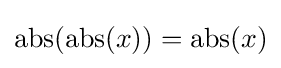
\operatorname {abs} (\operatorname {abs} (x))=\operatorname {abs} (x)